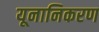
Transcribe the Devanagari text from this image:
यूनानिकरण